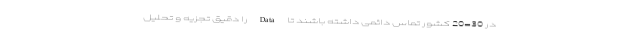
در 30-20 کشور تماس دائمی داشته باشند تا Data را دقیق تجزیه و تحلیل